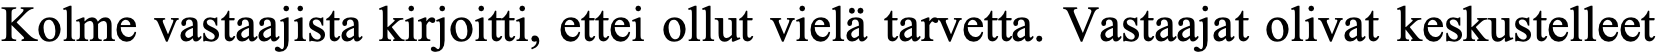
Kolme vastaajista kirjoitti, ettei ollut vielä tarvetta. Vastaajat olivat keskustelleet